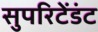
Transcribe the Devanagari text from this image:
सुपरिटेंडंट